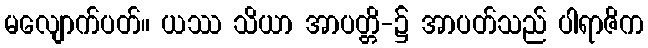
မလျောက်ပတ်။ ယဿ သိယာ အာပတ္တိ-၌ အာပတ်သည် ပါရာဇိက